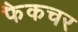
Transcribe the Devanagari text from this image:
फैकचर